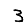
Digit: 3